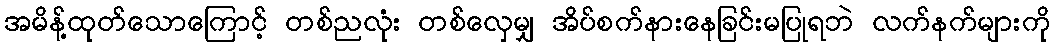
အမိန့်ထုတ်သောကြောင့် တစ်ညလုံး တစ်လှေမျှ အိပ်စက်နားနေခြင်းမပြုရဘဲ လက်နက်များကို